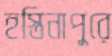
হস্তিনাপুরে